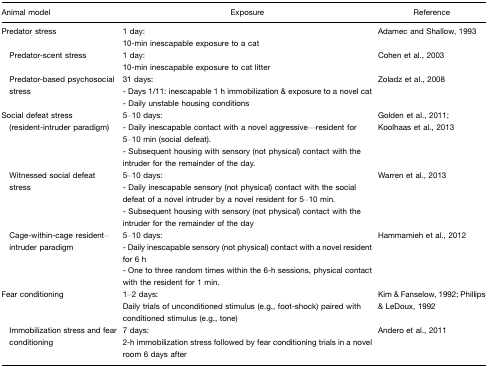
<table><thead><tr><td><b>Animal model</b></td><td><b>Exposure</b></td><td><b>Reference</b></td></tr></thead><tbody><tr><td>Predator stress</td><td>1 day:10-min inescapable exposure to a cat</td><td>Adamec and Shallow, 1993</td></tr><tr><td> Predator-scent stress</td><td>1 day:10-min inescapable exposure to cat litter</td><td>Cohen et al., 2003</td></tr><tr><td> Predator-based psychosocial stress</td><td>31 days:- Days 1/11: inescapable 1 h immobilization &amp; exposure to a novel cat- Daily unstable housing conditions</td><td>Zoladz et al., 2008</td></tr><tr><td>Social defeat stress (resident-intruder paradigm)</td><td>5–10 days:- Daily inescapable contact with a novel aggressive—resident for 5–10 min (social defeat).- Subsequent housing with sensory (not physical) contact with the intruder for the remainder of the day.</td><td>Golden et al., 2011; Koolhaas et al., 2013</td></tr><tr><td> Witnessed social defeat stress</td><td>5–10 days:- Daily inescapable sensory (not physical) contact with the social defeat of a novel intruder by a novel resident for 5–10 min.- Subsequent housing with sensory (not physical) contact with the intruder for the remainder of the day</td><td>Warren et al., 2013</td></tr><tr><td> Cage-within-cage resident–intruder paradigm</td><td>5–10 days:- Daily inescapable sensory (not physical) contact with a novel resident for 6 h- One to three random times within the 6-h sessions, physical contact with the resident for 1 min.</td><td>Hammamieh et al., 2012</td></tr><tr><td>Fear conditioning</td><td>1–2 days:Daily trials of unconditioned stimulus (e.g., foot-shock) paired with conditioned stimulus (e.g., tone)</td><td>Kim &amp; Fanselow, 1992; Phillips &amp; LeDoux, 1992</td></tr><tr><td> Immobilization stress and fear conditioning</td><td>7 days:2-h immobilization stress followed by fear conditioning trials in a novel room 6 days after</td><td>Andero et al., 2011</td></tr></tbody></table>